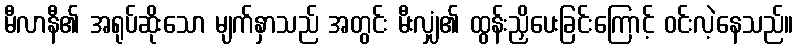
မီလာနီ၏ အရုပ်ဆိုးသော မျက်နှာသည် အတွင်း မီးလျှံ၏ ထွန်းညှိပေးခြင်းကြောင့် ဝင်းလဲ့နေသည်။